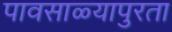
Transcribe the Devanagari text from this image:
पावसाळ्यापुरता